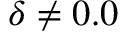
\delta \neq 0 . 0